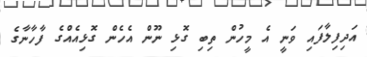
އަދިފިލާފައި ވަނީ އެ މީހުން ތިބި ގޮޅި ނޫން އެހެން ގޮޅިއެއްގެ ފާހާނާގެ